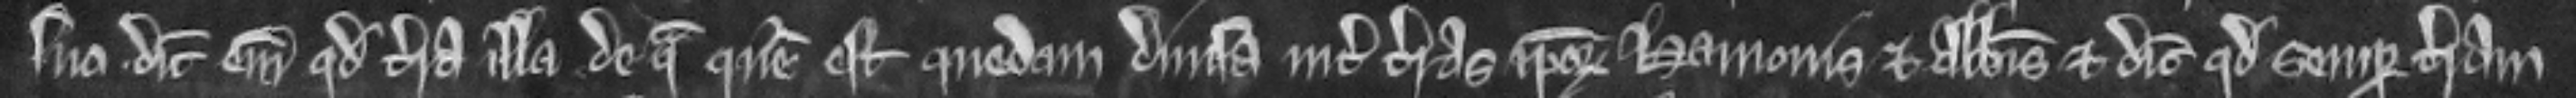
suo. dicit enim quod terra illa de qua queritur est quedam divisa inter terras ipsorum Hamonis et Abbatis et dicit quod semper terram